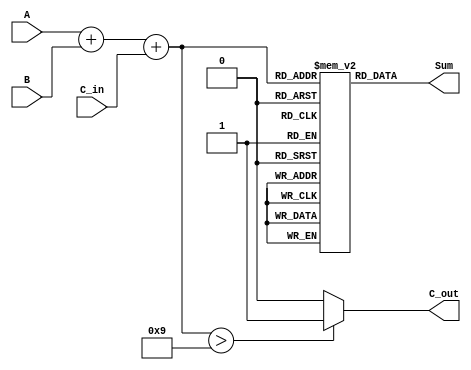
module BCD_LUT_Adder (
    input  wire [3:0] A,        // BCD input A
    input  wire [3:0] B,        // BCD input B
    input  wire C_in,           // Carry-in
    output reg [3:0] Sum,       // BCD Sum output
    output reg C_out            // Carry-out
);

    // Intermediate binary sum (5 bits to accommodate carry)
    wire [4:0] S;
    assign S = A + B + C_in;    // Add A, B, and carry-in

    // LUT for BCD correction (mapping binary sums 0-19 to BCD values)
    reg [3:0] LUT [0:19]; // LUT declaration

    // LUT initialization
    initial begin
        LUT[0]  = 4'b0000; // 0
        LUT[1]  = 4'b0001; // 1
        LUT[2]  = 4'b0010; // 2
        LUT[3]  = 4'b0011; // 3
        LUT[4]  = 4'b0100; // 4
        LUT[5]  = 4'b0101; // 5
        LUT[6]  = 4'b0110; // 6
        LUT[7]  = 4'b0111; // 7
        LUT[8]  = 4'b1000; // 8
        LUT[9]  = 4'b1001; // 9
        LUT[10] = 4'b0000; // 10 (corrected to 0 with carry)
        LUT[11] = 4'b0001; // 11 (corrected to 1 with carry)
        LUT[12] = 4'b0010; // 12 (corrected to 2 with carry)
        LUT[13] = 4'b0011; // 13 (corrected to 3 with carry)
        LUT[14] = 4'b0100; // 14 (corrected to 4 with carry)
        LUT[15] = 4'b0101; // 15 (corrected to 5 with carry)
        LUT[16] = 4'b0110; // 16 (corrected to 6 with carry)
        LUT[17] = 4'b0111; // 17 (corrected to 7 with carry)
        LUT[18] = 4'b1000; // 18 (corrected to 8 with carry)
        LUT[19] = 4'b1001; // 19 (corrected to 9 with carry)
    end

    always @(*) begin
        // Default outputs
        Sum = 4'b0000;
        C_out = 1'b0;

        // Check the binary sum and determine the correct BCD sum and carry-out
        if (S > 4'd9) begin
            Sum = LUT[S];     // Use LUT to get the corrected BCD value
            C_out = 1'b1;     // Set carry-out
        end else begin
            Sum = LUT[S];     // Use LUT to get the BCD value
            C_out = 1'b0;     // No carry-out
        end
    end

endmodule